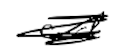
Text: and
Cross-out: scratch
Writing tool: digital_black